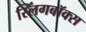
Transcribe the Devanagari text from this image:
स्लिंगबॉक्स